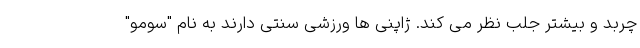
چربد و بیشتر جلب نظر می کند. ژاپنی ها ورزشی سنتی دارند به نام "سومو"